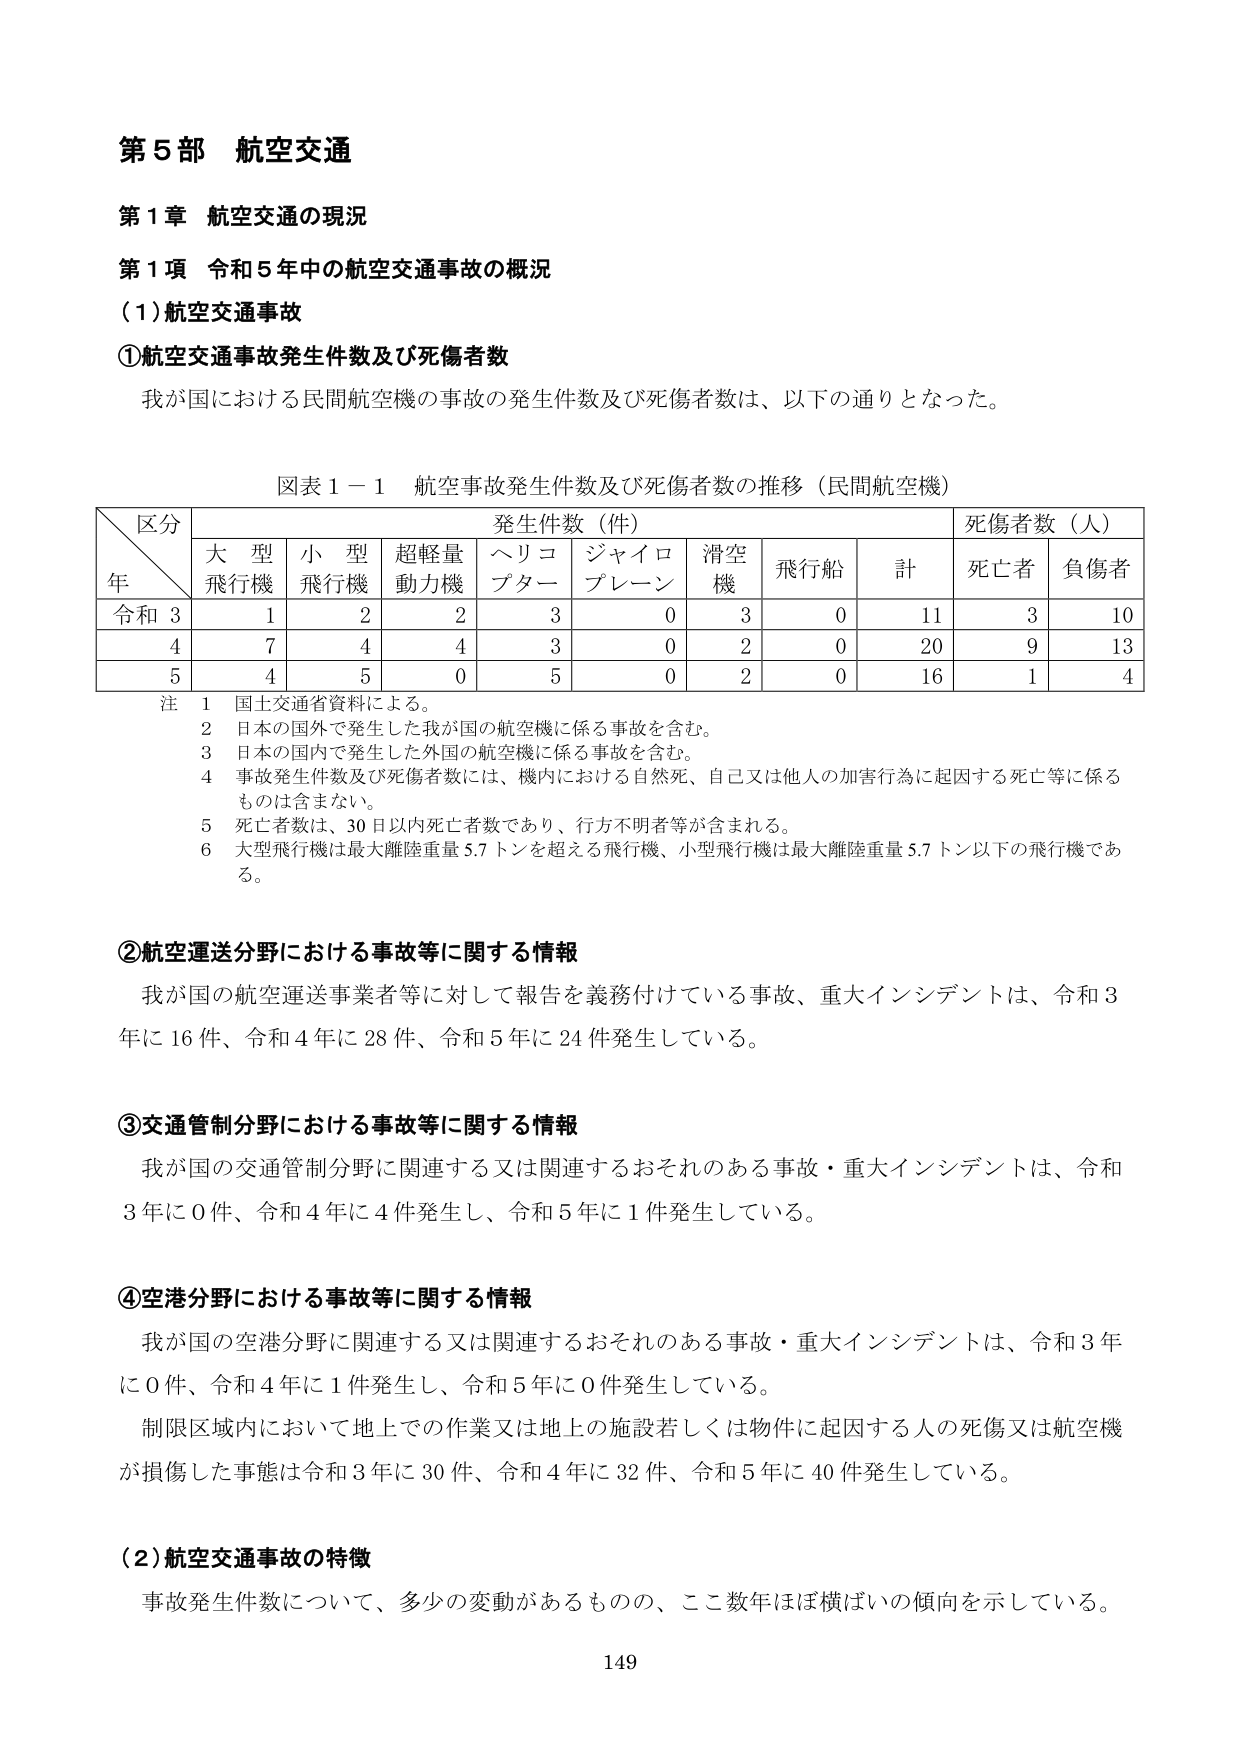
第５部 航空交通
第１章 航空交通の現況
第１項 令和５年中の航空交通事故の概況
（１）航空交通事故
①航空交通事故発生件数及び死傷者数
我が国における民間航空機の事故の発生件数及び死傷者数は、以下の通りとなった。

図表１－１ 航空事故発生件数及び死傷者数の推移（民間航空機）

区 分
年
発生件数（件）
死傷者数（人）
大型飛行機
小型飛行機
超軽量動力機
ヘリコプター
ジャイロプレーン
滑空機
飛行船
計
死亡者
負傷者
令和３
1
2
2
3
0
3
0
11
3
10
4
7
4
4
3
0
2
0
20
9
13
5
4
5
0
5
0
2
0
16
1
4

注
１ 国土交通省資料による。
２ 日本の国外で発生した我が国の航空機に係る事故を含む。
３ 日本の国内で発生した外国の航空機に係る事故を含む。
４ 事故発生件数及び死傷者数には、機内における自然死、自己又は他人の加害行為に起因する死亡等に係るものは含まない。
５ 死亡者数は、30日以内死亡者数であり、行方不明者等が含まれる。
６ 大型飛行機は最大離陸重量5.7トンを超える飛行機、小型飛行機は最大離陸重量5.7トン以下の飛行機である。

②航空運送分野における事故等に関する情報
我が国の航空運送事業者等に対して報告を義務付けている事故、重大インシデントは、令和３年に16件、令和４年に28件、令和５年に24件発生している。

③交通管制分野における事故等に関する情報
我が国の交通管制分野に関連する又は関連するおそれのある事故・重大インシデントは、令和３年に0件、令和４年に4件発生し、令和５年に1件発生している。

④空港分野における事故等に関する情報
我が国の空港分野に関連する又は関連するおそれのある事故・重大インシデントは、令和３年に0件、令和４年に1件発生し、令和５年に0件発生している。
制限区域内において地上での作業又は地上の施設若しくは物件に起因する人の死傷又は航空機が損傷した事態は令和３年に30件、令和４年に32件、令和５年に40件発生している。

（２）航空交通事故の特徴
事故発生件数について、多少の変動があるものの、ここ数年ほぼ横ばいの傾向を示している。

149